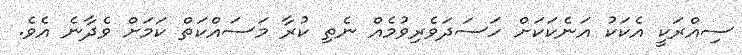
ސިއްރަކީ އެކަކު އަނެކަކަށް ހަސަދަވެރިވުމެއް ނެތި ކުރާ މަސައްކަތް ކަމަށް ވެދާނެ އެވެ.